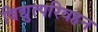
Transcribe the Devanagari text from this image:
विद्युत्परिवहन